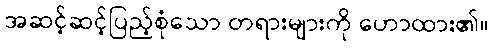
အဆင့်ဆင့်ပြည့်စုံသော တရားများကို ဟောထား၏။